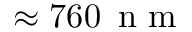
\approx 7 6 0 \, \mathrm { ~ n ~ m ~ }